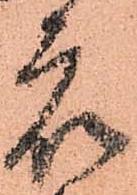
衆